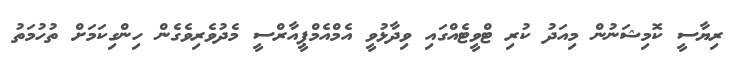
ރިޔާސީ ކޮމިޝަނުން މިއަދު ކުރި ޓްވީޓެއްގައި ވިދާޅުވީ އެމްއެމްޕީއާރްސީ މެދުވެރިވެގެން ހިންގިކަމަށް ތުހުމަތު